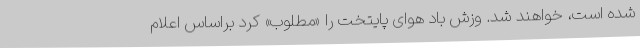
شده است، خواهند شد. وزش باد هوای ‌پایتخت را «مطلوب» کرد براساس اعلام